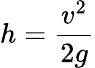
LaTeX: h={\frac{v^{2}}{2g}}